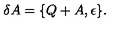
\delta A = \{ Q + A , \epsilon \} .